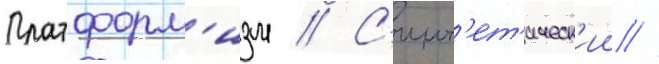
Платформ'изм // С'инт'ет'ическ'ии //